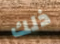
ذلك